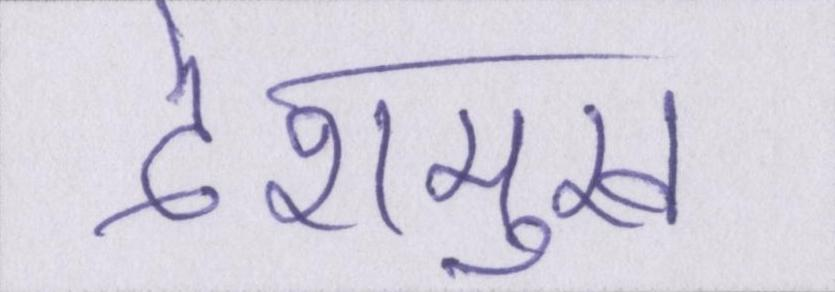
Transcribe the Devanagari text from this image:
देशमुख